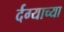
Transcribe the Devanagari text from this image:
र्दग्याच्या